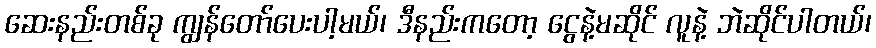
ဆေးနည်းတစ်ခု ကျွန်တော်ပေးပါ့မယ်၊ ဒီနည်းကတော့ ငွေနဲ့မဆိုင် လူနဲ့ ဘဲဆိုင်ပါတယ်၊